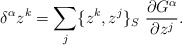
\begin{align*}\delta^{\alpha} z^k = \sum_j \{z^k, z^j\}_S \ \frac{\partial G^{\alpha}}{\partial z^j}.\end{align*}